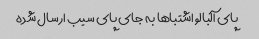
پای آلبالو اشتباها به جای پای سیب ارسال شده